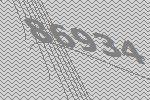
86934